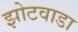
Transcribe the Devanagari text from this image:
झोटवाडा